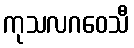
ကုသလဂဝေသီ